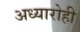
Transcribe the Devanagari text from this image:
अध्यारोही